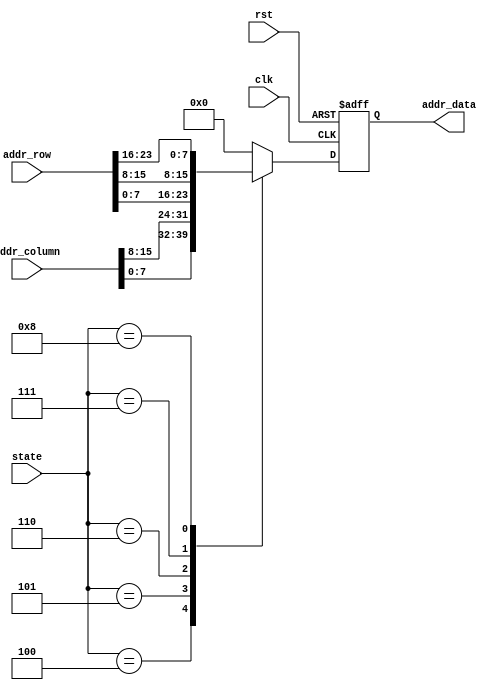
`timescale 1ns / 1ps
//////////////////////////////////////////////////////////////////////////////////
// Company: 
// Engineer: 
// 
// Design Name: 
// Module Name:    write_addr 
// Project Name: 
// Target Devices: 
// Tool versions: 
// Description: 
//
// Dependencies: 
//
// Revision: 
// Revision 0.01 - File Created
// Additional Comments: 
//
//////////////////////////////////////////////////////////////////////////////////
module write_addr(
	input clk,rst,
	input [15:0] addr_column,
	input [23:0] addr_row,
	input [4:0] state,
	output reg [7:0] addr_data
    );
	always @(posedge clk or posedge rst)
		begin
		if(rst)
			addr_data <= 0;
		else
		begin
			case(state)
			4:
				addr_data <= addr_column[7:0];	// C1
			5:
				addr_data <= addr_column[15:8];	// C2
			6:
				addr_data <= addr_row[7:0];		// R1
			7:
				addr_data <= addr_row[15:8];		// R2
			8:
				addr_data <= addr_row[23:16];		// R3
			default
				addr_data <= 8'h00;
			endcase
		end
		end

endmodule